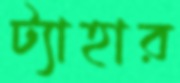
ট্যাহার